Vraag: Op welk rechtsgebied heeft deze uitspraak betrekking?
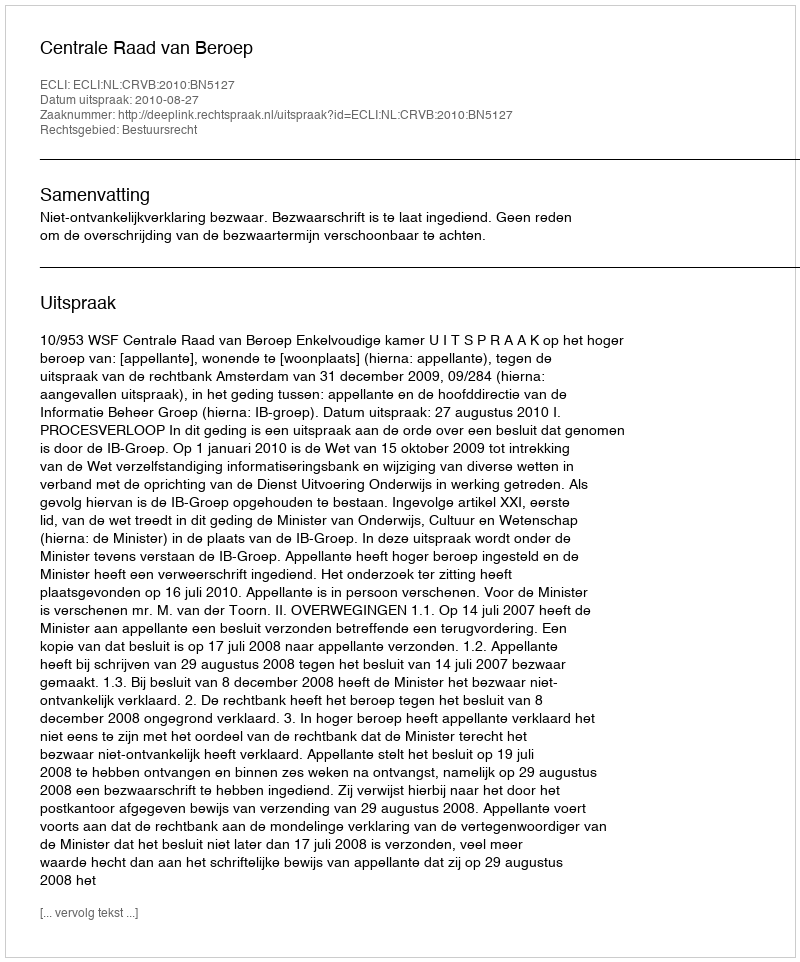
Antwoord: Bestuursrecht